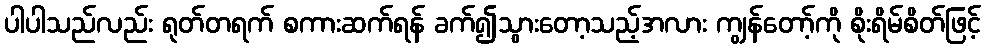
ပါပါသည်လည်း ရုတ်တရက် စကားဆက်ရန် ခက်၍သွားတော့သည့်အလား ကျွန်တော့်ကို စိုးရိမ်စိတ်ဖြင့်